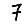
Digit: 7